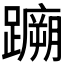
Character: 𫏤